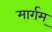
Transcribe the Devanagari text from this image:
मार्गम्